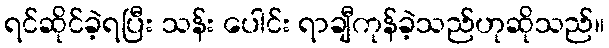
ရင်ဆိုင်ခဲ့ရပြီး သန်း ပေါင်း ရာချီကုန်ခဲ့သည်ဟုဆိုသည်။